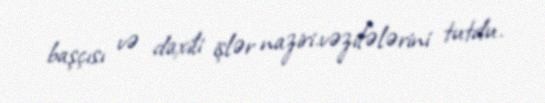
başçısı və daxili işlər naziri.vəzifələrini tutdu.